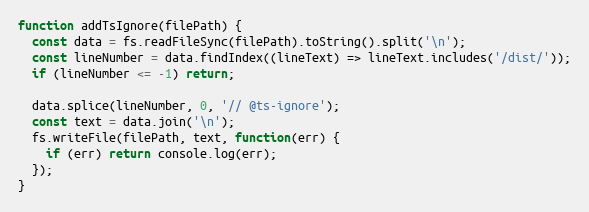
Language: JavaScript
function addTsIgnore(filePath) {
  const data = fs.readFileSync(filePath).toString().split('\n');
  const lineNumber = data.findIndex((lineText) => lineText.includes('/dist/'));
  if (lineNumber <= -1) return;

  data.splice(lineNumber, 0, '// @ts-ignore');
  const text = data.join('\n');
  fs.writeFile(filePath, text, function(err) {
    if (err) return console.log(err);
  });
}